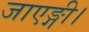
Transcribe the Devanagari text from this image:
जाएङ्गी।